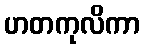
ဟတကုလိကာ